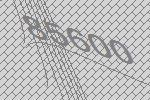
85600